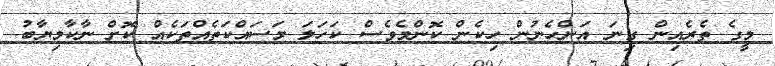
މީގެ ތެރެއިން ގިނަ އަންހެނުން ހިކެން ކޮންމެވެސް ކަހަލަ މަސައްކަތެއްތަކެއް ކޮށް ނާކާމިޔާބު